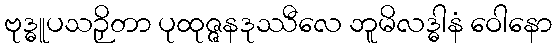
ဗုဒ္ဓူပသဉှိတာ ပုထုဇ္ဇနဒုဿီလေ ဘူမိလဒ္ဓါနံ ဝေါနော